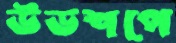
উডশপে